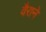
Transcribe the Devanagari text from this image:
वैराने